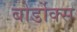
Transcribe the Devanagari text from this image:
बोर्डोक्स